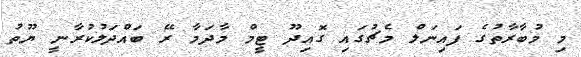
މި މުބާރާތުގެ ފައިނަލް މެޗުގައި ގޮއިދޫ ޓީމް މާދަމާ ރޭ ބައްދަލުކުރާނީ ޔޫތު